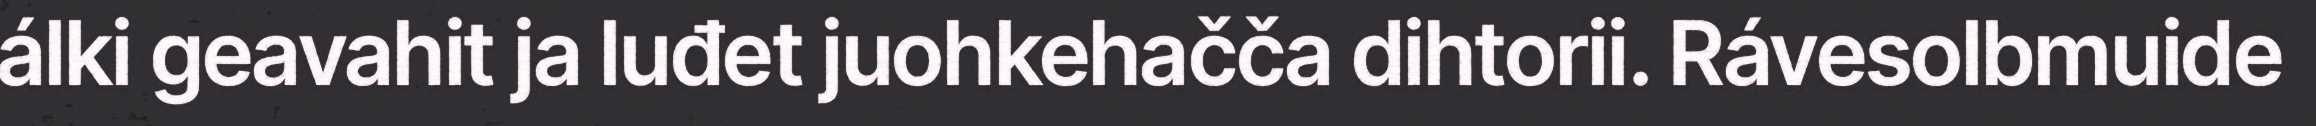
álki geavahit ja luđet juohkehačča dihtorii. Rávesolbmuide